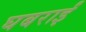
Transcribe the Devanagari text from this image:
घबराईं